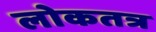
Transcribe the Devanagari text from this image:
लोकतत्र